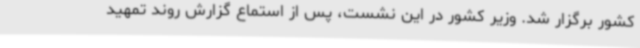
کشور برگزار شد. وزیر کشور در این نشست، پس از استماع گزارش روند تمهید